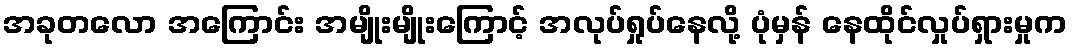
အခုတလော အကြောင်း အမျိုးမျိုးကြောင့် အလုပ်ရှုပ်နေလို့ ပုံမှန် နေထိုင်လှုပ်ရှားမှုက